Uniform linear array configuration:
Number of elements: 24
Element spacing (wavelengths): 1
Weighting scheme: exponential
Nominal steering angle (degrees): -45
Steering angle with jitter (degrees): -46.452
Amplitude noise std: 0.05
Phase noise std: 0.05

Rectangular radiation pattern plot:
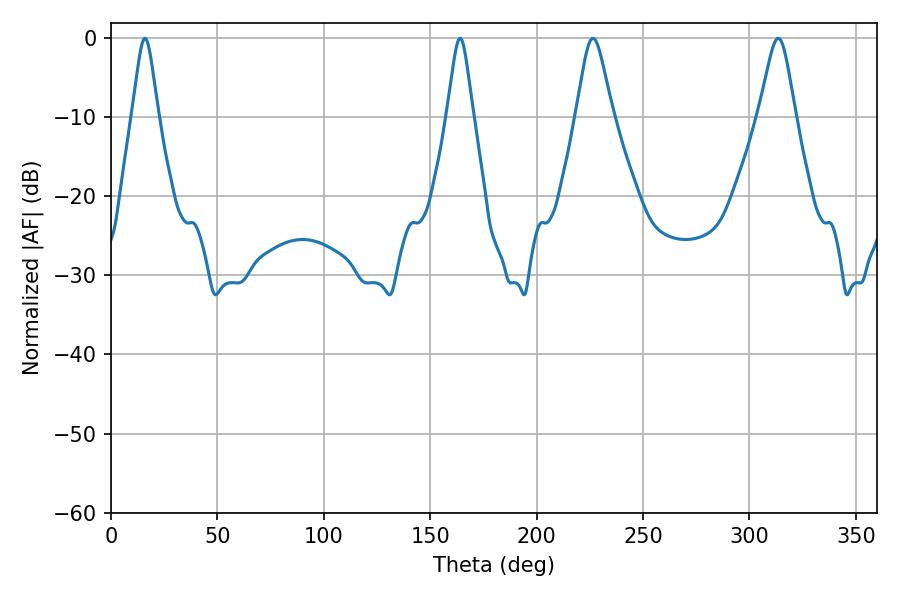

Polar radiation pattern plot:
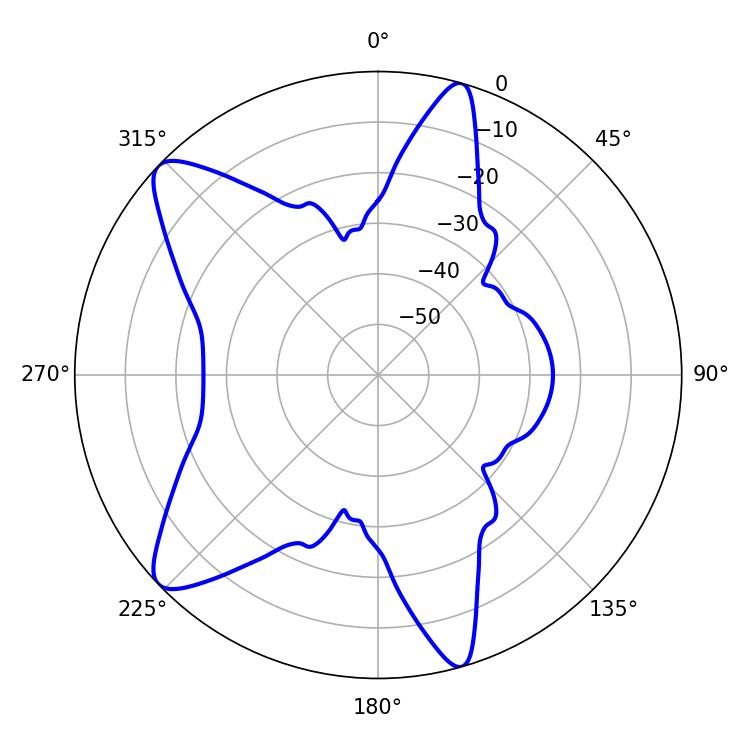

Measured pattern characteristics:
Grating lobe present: TRUE
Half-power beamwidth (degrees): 8.28
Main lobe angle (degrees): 226.44